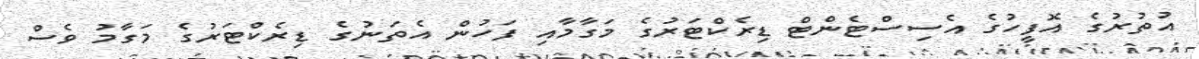
އުތުރުގެ އޮފީހުގެ އެސިސްޓެންޓް ޑިރެކްޓަރުގެ މަގާމާއި ފަހުން އެތަނުގެ ޑިރެކްޓަރުގެ މަގާމު ވެސް